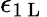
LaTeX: \epsilon_{1\mathrm{~L~}}